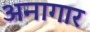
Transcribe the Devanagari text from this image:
अनागार